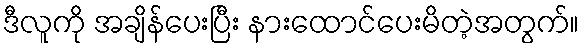
ဒီလူကို အချိန်ပေးပြီး နားထောင်ပေးမိတဲ့အတွက်။